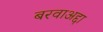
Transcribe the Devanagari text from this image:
बरवाअद्दा